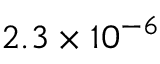
2 . 3 \times 1 0 ^ { - 6 }